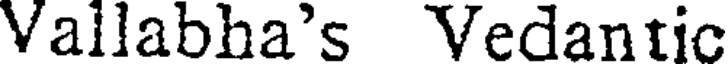
Vallabha's Vedantic